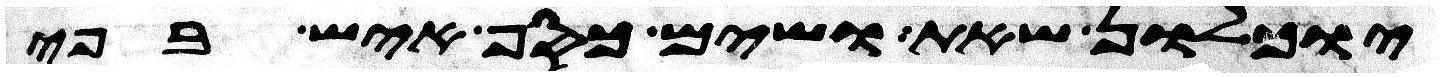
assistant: יוכלון שאת ושים כסף איש בפי